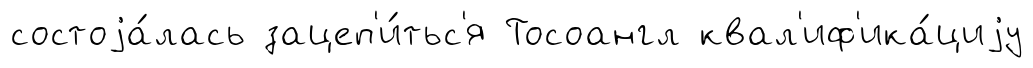
состоjа́лась зацеп'и́тьс'я Тосоангл квал'иф'ика́циjу